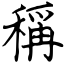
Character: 稱